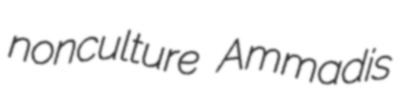
nonculture Ammadis